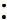
: